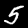
Label: 5